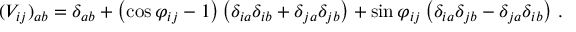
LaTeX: ( V _ { i j } ) _ { a b } = \delta _ { a b } + \left( \cos { \varphi _ { i j } } - 1 \right) \left( \delta _ { i a } \delta _ { i b } + \delta _ { j a } \delta _ { j b } \right) + \sin { \varphi _ { i j } } \left( \delta _ { i a } \delta _ { j b } - \delta _ { j a } \delta _ { i b } \right) \, .